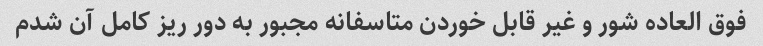
فوق العاده شور و غیر قابل خوردن متاسفانه مجبور به دور ریز کامل آن شدم